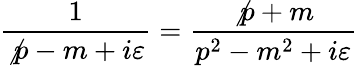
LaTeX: \frac{1}{\not{p}-m+i\varepsilon}=\frac{\not{p}+m}{p^{2}-m^{2}+i\varepsilon}